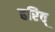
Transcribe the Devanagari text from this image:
हरित्‌